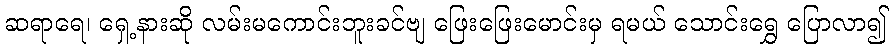
ဆရာရေ၊ ရှေ့နားဆို လမ်းမကောင်းဘူးခင်ဗျ ဖြေးဖြေးမောင်းမှ ရမယ် သောင်းရွှေ ပြောလာ၍